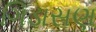
ગિડાસણ